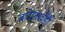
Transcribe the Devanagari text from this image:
बघेलखंडी